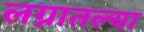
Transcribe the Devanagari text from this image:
लग्नातल्या